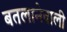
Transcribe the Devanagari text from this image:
बतलानेवाली